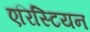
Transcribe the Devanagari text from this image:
एरिस्टियन